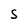
Character: S